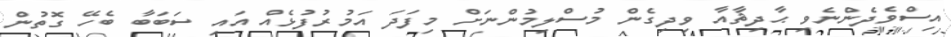
އިސްވެދެންނެވި ޙާދިޘާއާ ވިދިގެން މުސްލިމުންނަށް މިފަދަ އަމުރުފުޅެއް އައި ސަބަބާ ބެހޭ ގޮތުން